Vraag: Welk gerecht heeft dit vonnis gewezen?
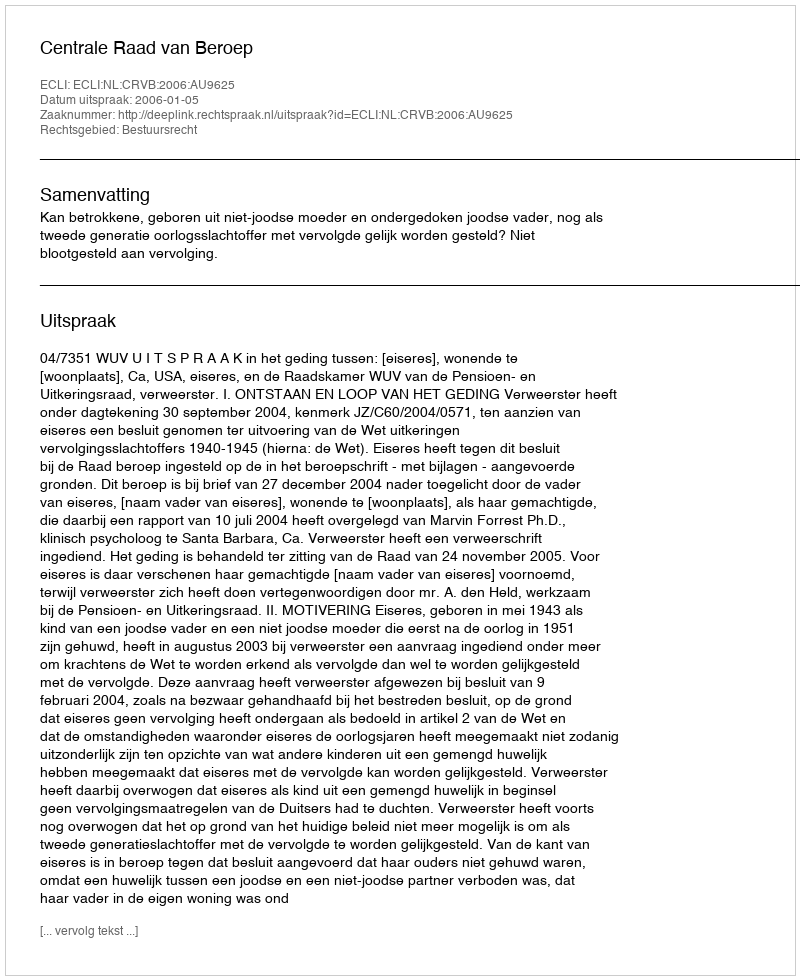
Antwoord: Centrale Raad van Beroep